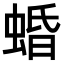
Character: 𧍎